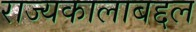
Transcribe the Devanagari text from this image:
राज्यकालाबद्दल